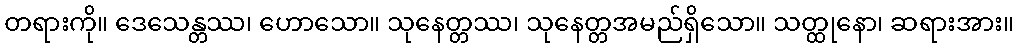
တရားကို။ ဒေသေန္တဿ၊ ဟောသော။ သုနေတ္တဿ၊ သုနေတ္တအမည်ရှိသော။ သတ္ထုနော၊ ဆရားအား။